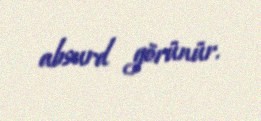
absurd görünür.